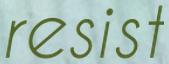
resist